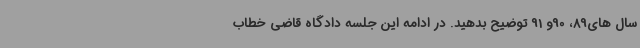
سال های89، 90و 91 توضیح بدهید. در ادامه این جلسه دادگاه قاضی خطاب